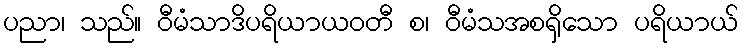
ပညာ၊ သည်။ ဝီမံသာဒိပရိယာယဝတီ စ၊ ဝီမံသအစရှိသော ပရိယာယ်